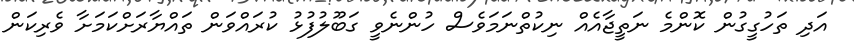
އަދި ތަހުގީގުން ކޮންމެ ނަތީޖާއެއް ނިކުތްނަމަވެސް ހުންނެވީ ގަބޫލުފުޅު ކުރައްވަން ތައްޔާރަށްކަމަށާ ވެރިކަން